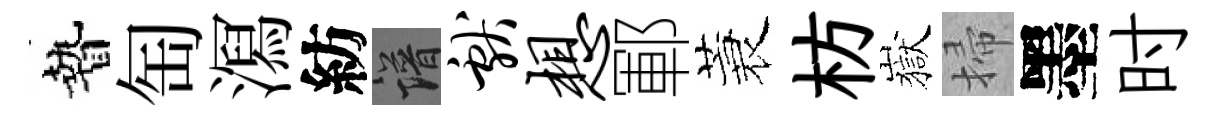
贄匋㵼紡譜献想鄆蓑枋嶽掃墨时